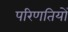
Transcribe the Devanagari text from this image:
परिणतियों